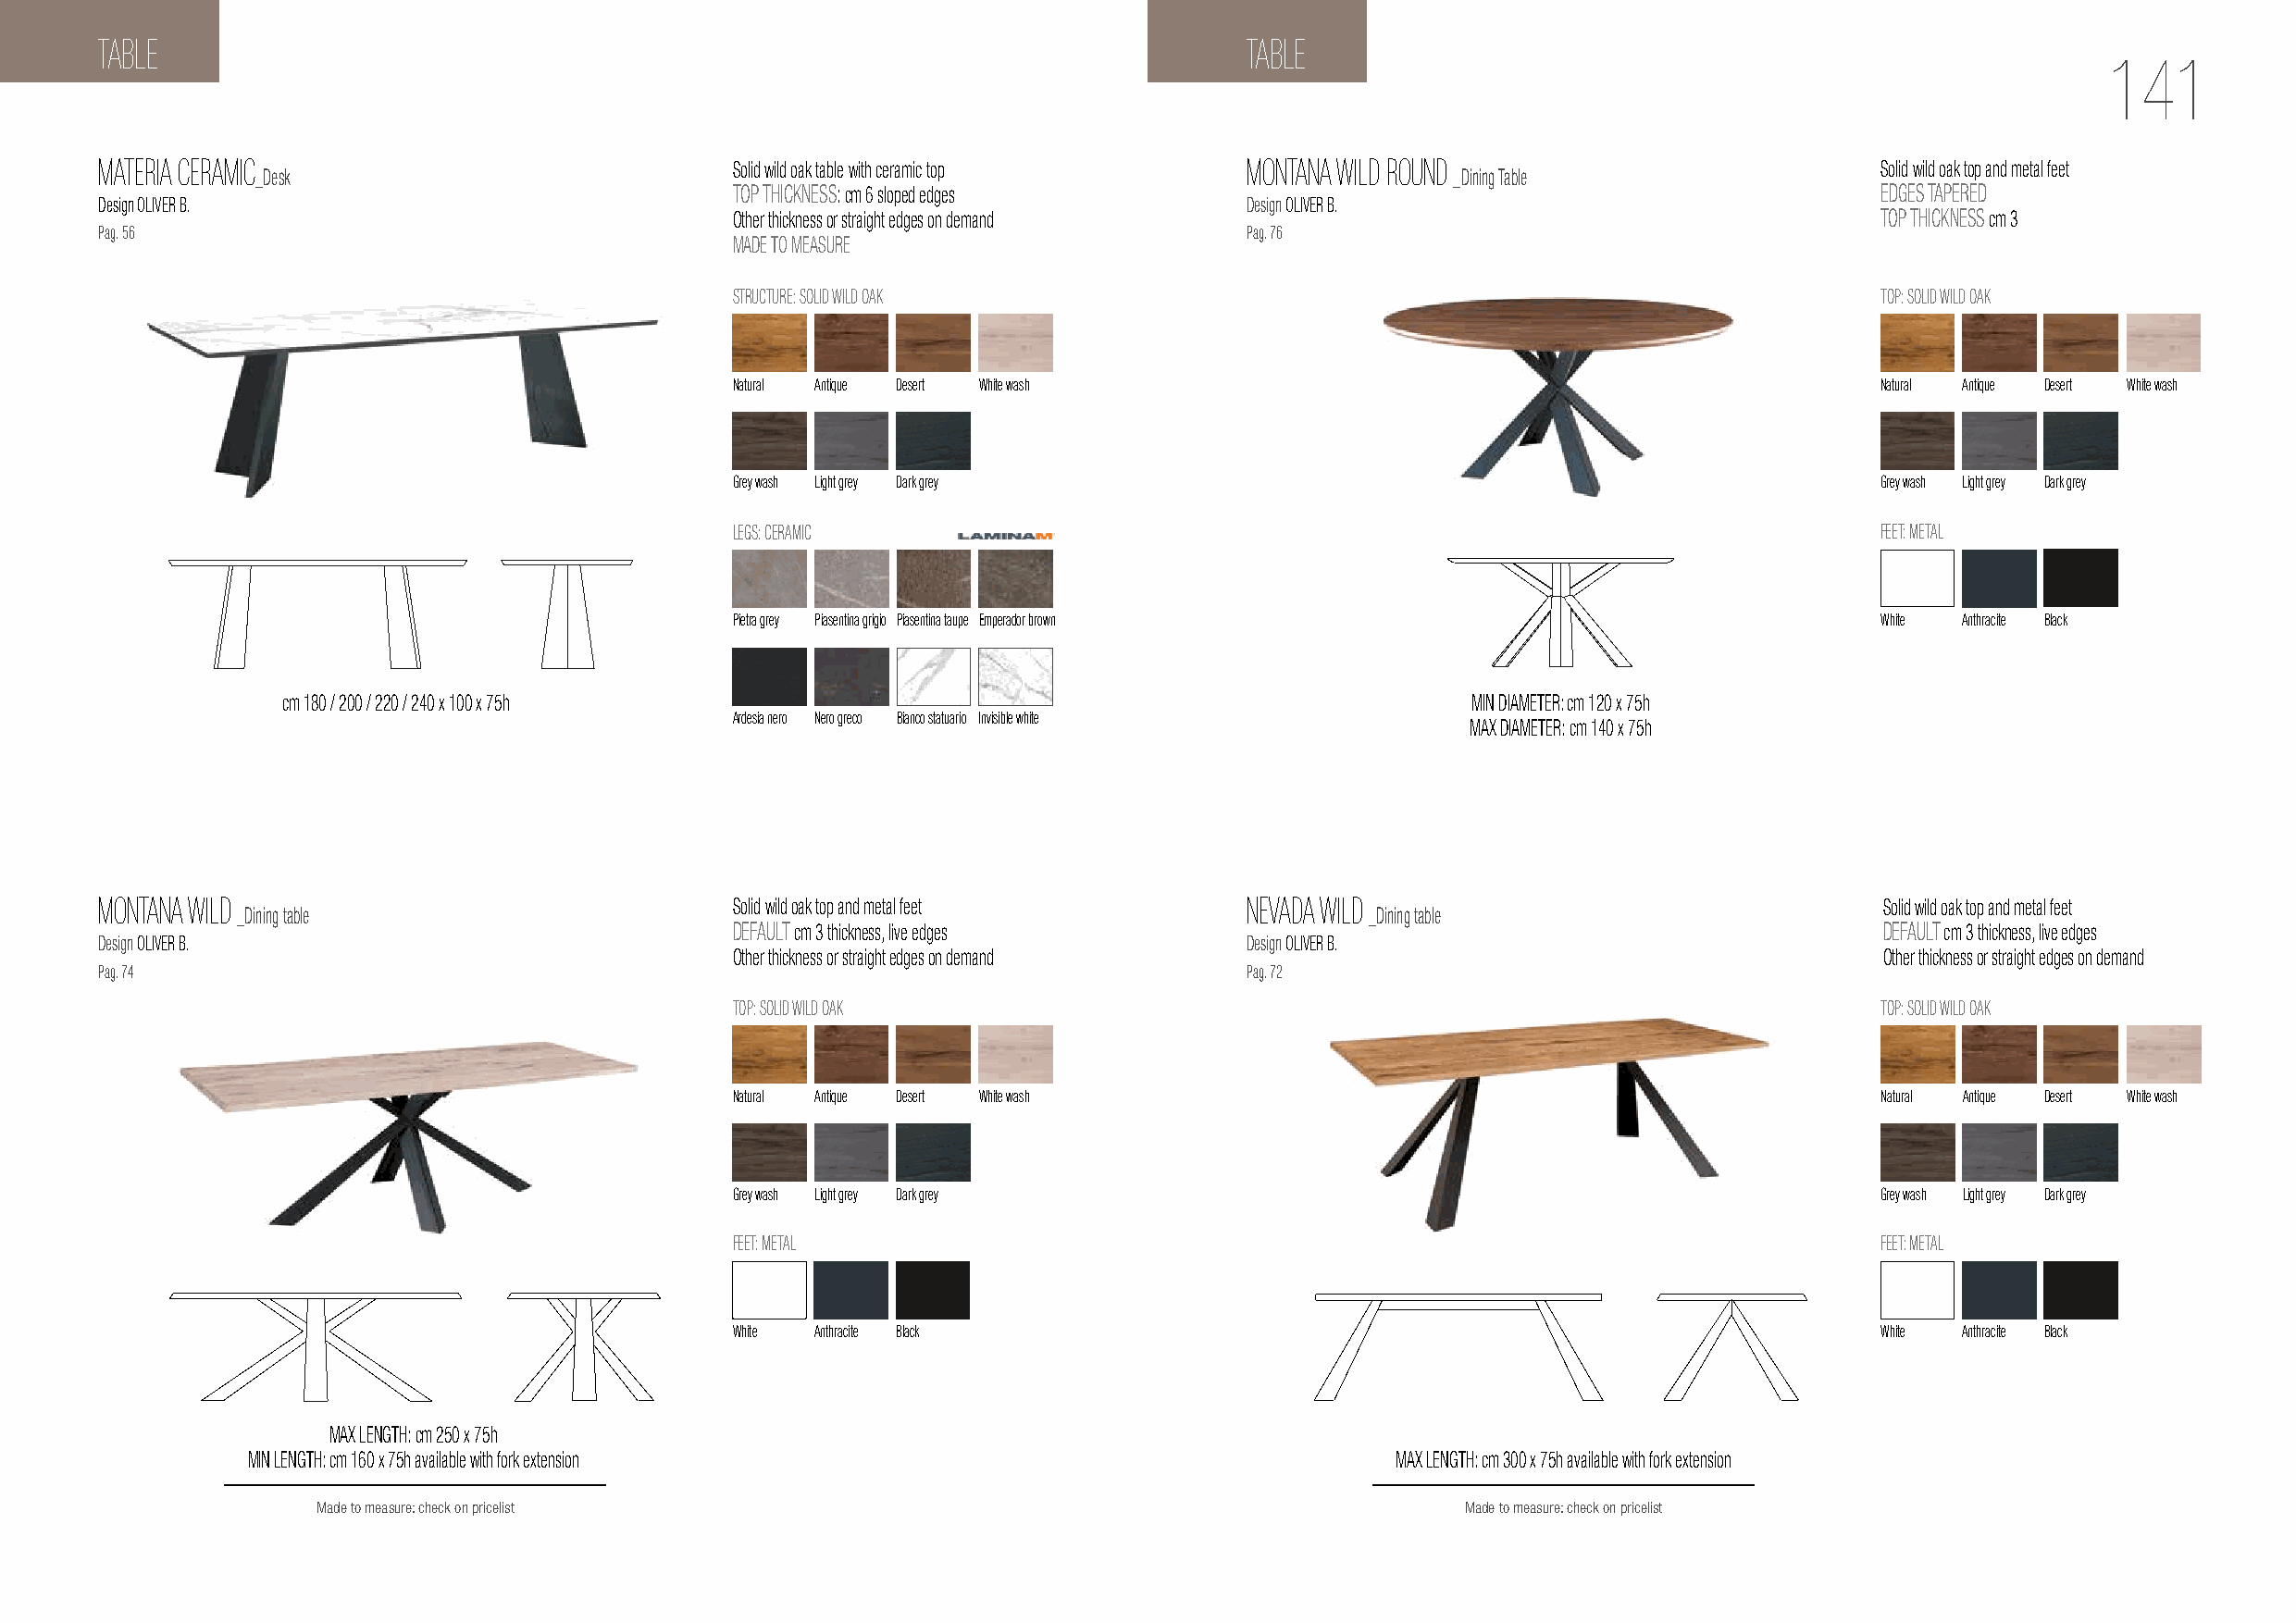
TABLE                                                                             TABLE
 141
 MATERIA CERAMIC                              Solid wild oak table with ceramic top MONTANA WILD ROUND                          Solid wild oak top and metal feet
 _Desk                                                                                 _Dining Table
 TOP THICKNESS: cm 6 sloped edges                                                  EDGES TAPERED
 Design OLIVER B.                                                                  Design OLIVER B.
 Other thickness or straight edges on demand                                       TOP THICKNESS cm 3
 Pag. 56                                                                           Pag. 76
 MADE TO MEASURE
 STRUCTURE: SOLID WILD OAK                                                          TOP: SOLID WILD OAK
 Natural Antique Desert White wash                                                 Natural Antique Desert White wash
 Grey wash Light grey Dark grey                                                    Grey wash Light grey Dark grey
 LEGS: CERAMIC                                                                     FEET: METAL
 Pietra grey Piasentina grigio Piasentina taupe Emperador brown                    White Anthracite Black
 cm 180 / 200 / 220 / 240 x 100 x 75h                                                 MIN DIAMETER: cm 120 x 75h
 Ardesia nero Nero greco Bianco statuario Invisible white
 MAX DIAMETER: cm 140 x 75h
 MONTANA WILD                                 Solid wild oak top and metal feet    NEVADA WILD                                   Solid wild oak top and metal feet
 _Dining table                                                                    _Dining table
 DEFAULT cm 3 thickness, live edges                                                 DEFAULT cm 3 thickness, live edges
 Design OLIVER B.                                                                  Design OLIVER B.
 Other thickness or straight edges on demand                                        Other thickness or straight edges on demand
 Pag. 74                                                                           Pag. 72
 TOP: SOLID WILD OAK                                                                TOP: SOLID WILD OAK
 Natural Antique Desert White wash                                                  Natural Antique Desert White wash
 Grey wash Light grey Dark grey                                                     Grey wash Light grey Dark grey
 FEET: METAL                                                                        FEET: METAL
 White Anthracite Black                                                            White Anthracite Black
 MAX LENGTH: cm 250 x 75h
 MIN LENGTH: cm 160 x 75h available with fork extension                            MAX LENGTH: cm 300 x 75h available with fork extension
 Made to measure: check on pricelist                                               Made to measure: check on pricelist